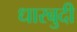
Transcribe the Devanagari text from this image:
धारबुदी